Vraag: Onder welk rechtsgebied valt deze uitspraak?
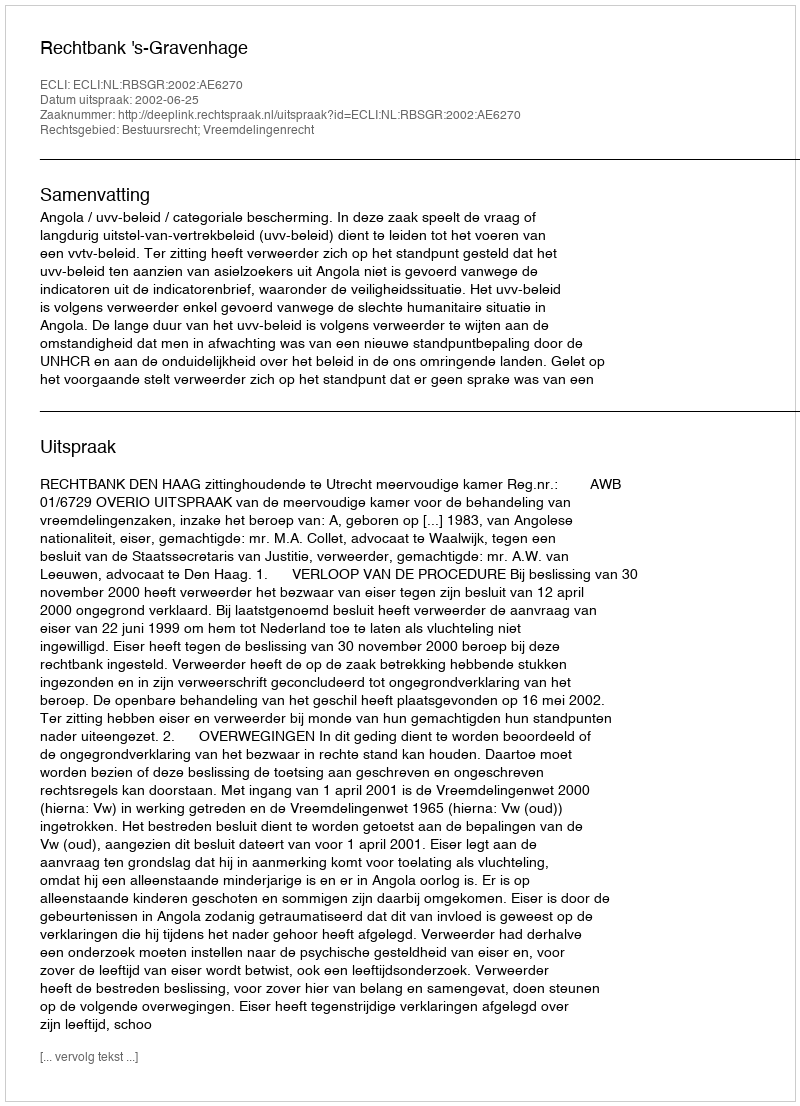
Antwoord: Bestuursrecht; Vreemdelingenrecht